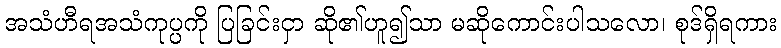
အသံဟီရအသံကုပ္ပကို ပြခြင်းငှာ ဆို၏ဟူ၍သာ မဆိုကောင်းပါသလော၊ စုဒ်ရှိရကား